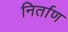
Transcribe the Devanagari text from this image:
निर्ताण